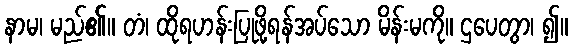
နာမ၊ မည်၏။ တံ၊ ထိုရဟန်းပြုဖို့ရန်အပ်သော မိန်းမကို။ ဌပေတွာ၊ ၍။